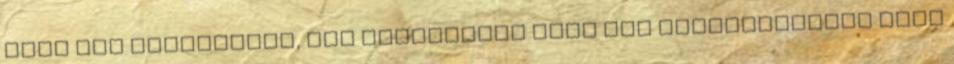
hogy egy zenekarban, egy színházban vagy egy szemináriumon vagy